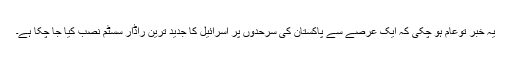
یہ خبر توعام ہو چکی کہ ایک عرصے سے پاکستان کی سرحدوں پر اسرائیل کا جدید ترین راڈار سسٹم نصب کیا جا چکا ہے۔